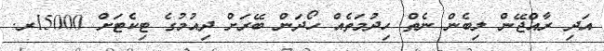
އަދި ރާއްޖޭން ލިބެން ނެތް ހިދުމަތެއް ހޯދަން ބޭރަށް ދިއުމުގެ ޓިކެޓަށް 15000ރ.